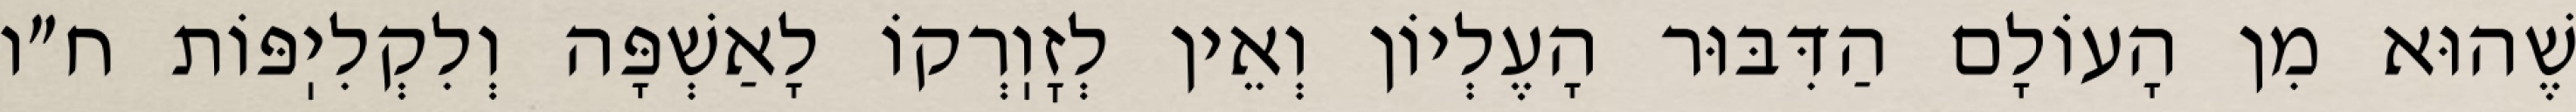
שֶׁהוּא מִן הָעוֹלָם הַדִּבּוּר הָעֶלְיוֹן וְאֵין לְזׇוֽרְקוֹ לָאַשְׁפָּה וְלִקְלִיֽפּוֹת ח״ו